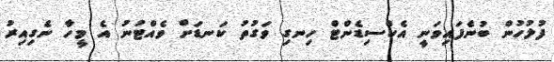
ފުލުހުން ބުނެފައިވަނީ އެކްސިޑެންޓް ހިނގި ވަގުތު ކަނޑަށް ވެއްޓުނު އެ މީހާ ނެގިއިރު